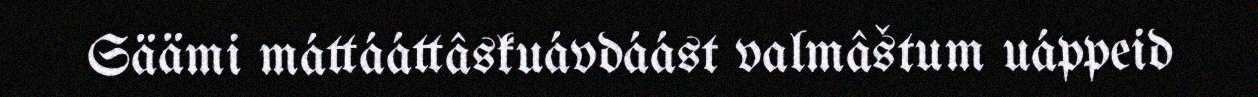
Säämi máttááttâskuávdáást valmâštum uáppeid